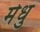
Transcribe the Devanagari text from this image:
मेधु